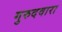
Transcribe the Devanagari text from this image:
गुरुदवारा